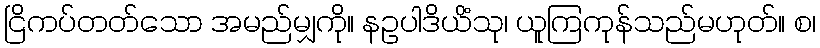
ငြိကပ်တတ်သော အမည်မျှကို။ နဥပါဒိယိံသု၊ ယူကြကုန်သည်မဟုတ်။ စ၊